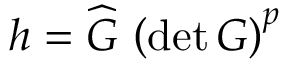
h = \widehat { G } \, \left( \mathrm { d e t } \, G \right) ^ { p }